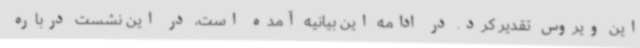
این ویروس تقدیر کرد. در ادامه این بیانیه آمده است، در این نشست درباره